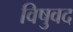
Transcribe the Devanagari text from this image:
विषुवद